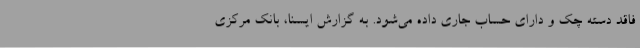
فاقد دسته چک و دارای حساب جاری داده می‌شود. به گزارش ایسنا، بانک مرکزی